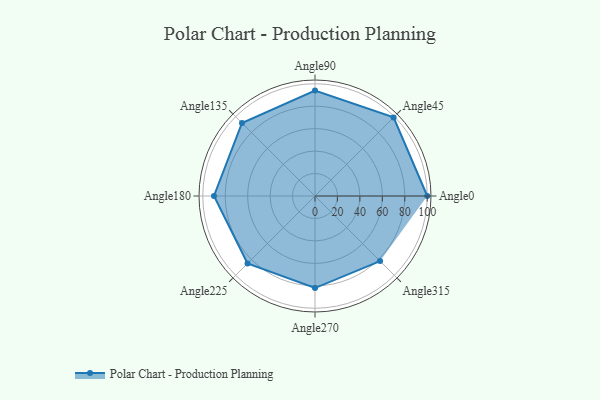
{"axis": {"x": "Angle", "y": "Radius"}, "legend": [""], "data": [{"x": "Angle0", "y": 100.0, "type": ""}, {"x": "Angle45", "y": 99.0, "type": ""}, {"x": "Angle90", "y": 94.0, "type": ""}, {"x": "Angle135", "y": 92.0, "type": ""}, {"x": "Angle180", "y": 90.0, "type": ""}, {"x": "Angle225", "y": 85.0, "type": ""}, {"x": "Angle270", "y": 82.0, "type": ""}, {"x": "Angle315", "y": 82.0, "type": ""}]}